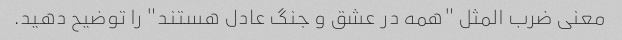
معنی ضرب المثل "همه در عشق و جنگ عادل هستند" را توضیح دهید.